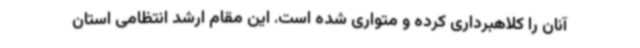
آنان را کلاهبرداری کرده و متواری شده است. این مقام ارشد انتظامی استان